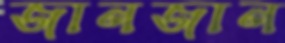
জানজান